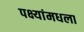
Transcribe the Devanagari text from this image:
पक्ष्यांमधला